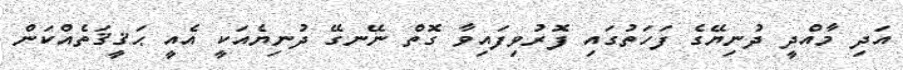
އަދި މާއްދީ ދުނިޔޭގެ ފަހަތުގައި ފޮރުވިފައިވާ ގޮތް ނޭނގޭ ދުނިޔެއަކީ އެއީ ޙަޤީޤަތެއްކަން